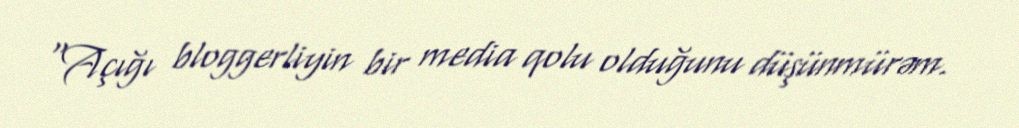
“Açığı bloggerliyin bir media qolu olduğunu düşünmürəm.